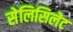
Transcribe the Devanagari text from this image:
सेलिसिलेट